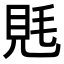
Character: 𧠑